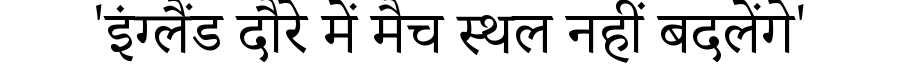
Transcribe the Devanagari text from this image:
'इंग्लैंड दौरे में मैच स्थल नहीं बदलेंगे'